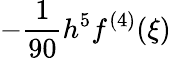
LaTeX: -{\frac{1}{90}}h^{5}f^{(4)}(\xi)